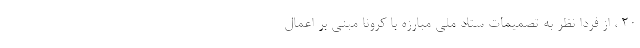
۲۰ ، از فردا نظر به تصمیمات ستاد ملی مبارزه با کرونا مبنی بر اعمال